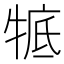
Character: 𤚃